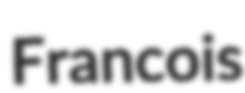
Francois